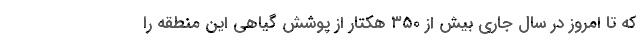
که تا امروز در سال جاری بیش از ۳۵۰ هکتار از پوشش گیاهی این منطقه را